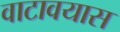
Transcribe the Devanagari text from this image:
वाटावयास